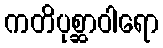
ကတိပုစ္ဆာဝါရော